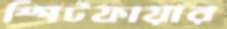
স্পিটফায়ার